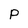
Character: p